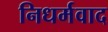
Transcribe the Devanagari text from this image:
निधर्मवाद